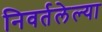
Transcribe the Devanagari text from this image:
निवर्तलेल्या